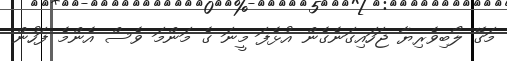
މަގޭ ލޯބިވެރިޔާ ޖަހައިގަނެގެން އުޅެފަ މީނަ ގެ މަންމަ ވެސް އެންމެ ފަހުން